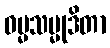
ဓမ္မသမ္မုဒိတာ